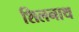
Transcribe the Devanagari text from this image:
शिलनाथ